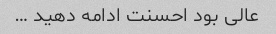
عالی بود احسنت ادامه دهید …